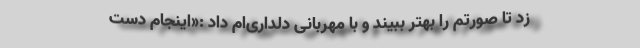
زد تا صورتم را بهتر ببیند و با مهربانی دلداری‌ام داد :«اینجام دست